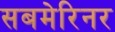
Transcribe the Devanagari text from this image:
सबमेरिनर